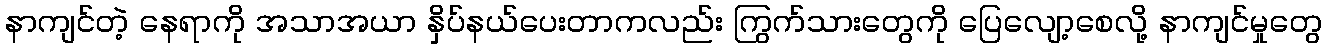
နာကျင်တဲ့ နေရာကို အသာအယာ နှိပ်နယ်ပေးတာကလည်း ကြွက်သားတွေကို ပြေလျော့စေလို့ နာကျင်မှုတွေ